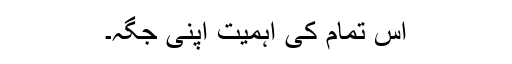
اس تمام کی اہمیت اپنی جگہ۔